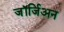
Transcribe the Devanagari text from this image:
जॉर्जिअन